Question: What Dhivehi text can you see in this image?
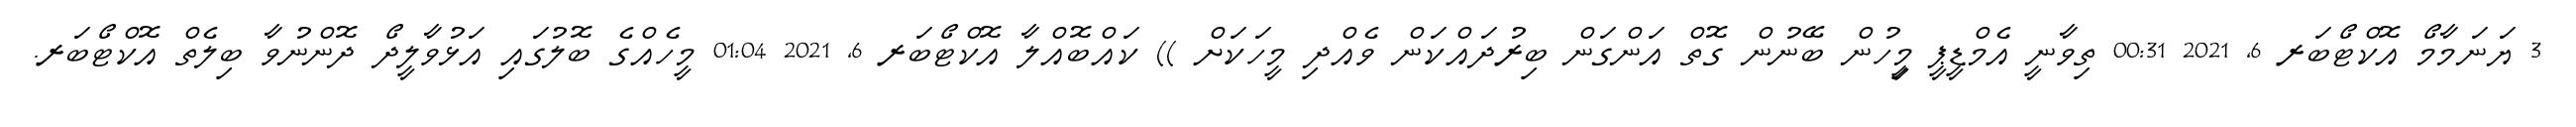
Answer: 3 ޔަނަމާމޯ އޮކްޓޯބަރ 6, 2021 00:31 ތިވާނީ އެމްޑީޕީ މީިހުން ބޭނުން ގޮތް އަންގަން ބިރުދައްކަން ވެއްދި މީހަކަށް )) ކައްބޮއްލާ އޮކްޓޯބަރ 6, 2021 01:04 މީހެއްގެ ބޮލުގައި އަޅުވާލީދޯ ދޮންނުވާ ބިލެތް އޮކްޓޯބަރ.